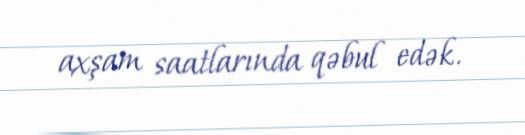
axşam saatlarında qəbul edək.